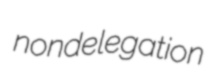
nondelegation